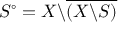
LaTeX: S ^ { \circ } = X \backslash { \overline { { ( X \backslash S ) } } }